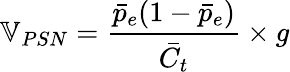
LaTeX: \mathbb{V}_{PSN}=\frac{\bar{p}_{e}(1-\bar{p}_{e})}{\bar{C_{t}}}\times g